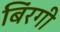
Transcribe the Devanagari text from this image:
बिंरगी